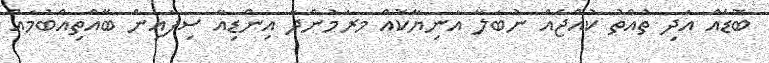
ބޮޑެއް އަދި ތުއްތު ކުއްޖެއް ނުބަލާ އަނިޔާކޮއް މރަމުންދާ އިންޑިއާ ސިފައިން ބޭއްތިއްބުމައް